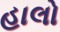
હાલો